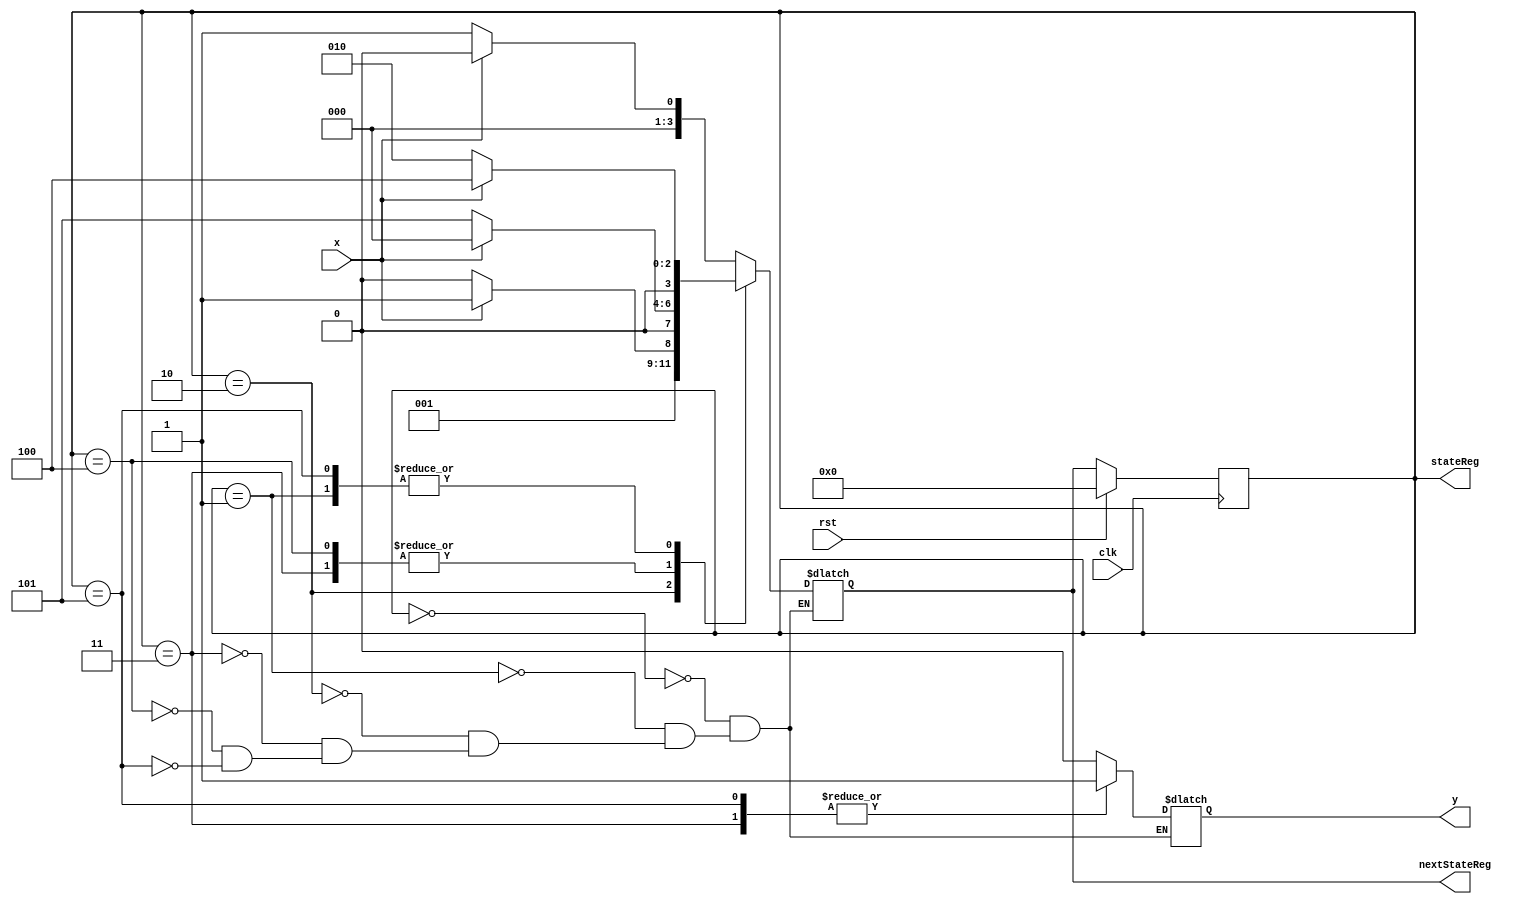
`timescale 1ns / 1ns

module source(y, stateReg, nextStateReg, x, rst, clk);

output reg y;
input wire x;
input wire rst;
input wire clk;
parameter 	S0 = 4'b0000,
			S1 = 4'b0001,
			S2 = 4'b0010,
			S3 = 4'b0011,
			S4 = 4'b0100,
			S5 = 4'b0101;

		
				
output reg [3:0] stateReg;
output reg [3:0] nextStateReg;

always@(stateReg, x) begin
	case(stateReg)
		S0: begin
			y <= 0;
			if(x == 0) begin
				nextStateReg <= S1;
			end
			else begin
				nextStateReg <= S0;
			end
		end
		S1: begin
			y <= 0;
			if(x == 0) begin
				nextStateReg <= S2;
			end
			else begin
				nextStateReg <= S4;
			end
		end
		S2: begin
			y <= 0;
			if(x == 0) begin
				nextStateReg <= S2;
			end
			else begin
				nextStateReg <= S3;
			end
		end
		S3: begin
			y <= 1;
			if(x == 0) begin
				nextStateReg <= S5;
			end
			else begin
				nextStateReg <= S0;
			end
		end
		S4: begin
			y <= 0;
			if(x == 0) begin
				nextStateReg <= S5;
			end
			else begin
				nextStateReg <= S0;
			end
		end
		S5: begin
			y <= 1;
			if(x == 0) begin
				nextStateReg <= S2;
			end
			else begin
				nextStateReg <= S4;
			end
		end
	endcase
end

always@(posedge clk) begin
	if(rst) begin
		stateReg <= S0;
	end
	else begin
		stateReg <= nextStateReg;
	end
end

endmodule